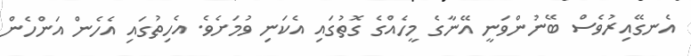
އެނގޭއިރުވެސް ބޭނުންވަނީ އޭނާގެ މީހެއްގެ ގޮތުގައި އެކަނި ވުމަށެވެ. އެހިތުގައި އެހެން އަންހެން